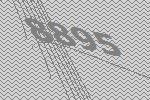
8895